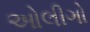
ઓલીગો